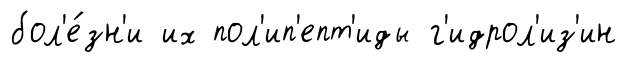
бол'е́зн'и их пол'ип'епт'иды г'идрол'из'ин